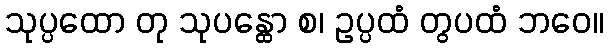
သုပ္ပထော တု သုပန္ထော စ၊ ဥပ္ပထံ တွပထံ ဘဝေ။